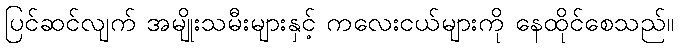
ပြင်ဆင်လျက် အမျိုးသမီးများနှင့် ကလေးငယ်များကို နေထိုင်စေသည်။